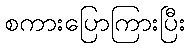
စကားပြောကြားပြီး